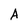
Character: A